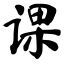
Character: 课